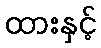
ထားနှင့်